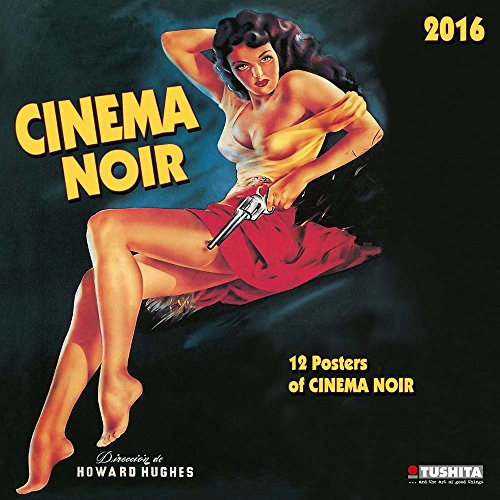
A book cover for Cinema Noir (160214) (English, Spanish, French, Italian and German Edition); Tushita; Calendars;